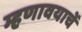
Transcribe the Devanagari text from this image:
म्हणावयाचें